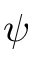
\psi